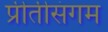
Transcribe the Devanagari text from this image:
प्रीतीसंगम